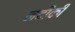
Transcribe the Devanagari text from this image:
नदीकी